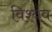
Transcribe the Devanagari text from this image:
विश्वव